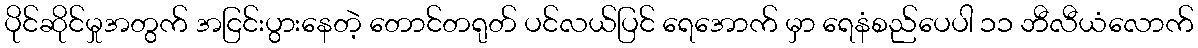
ပိုင်ဆိုင်မှုအတွက် အငြင်းပွားနေတဲ့ တောင်တရုတ် ပင်လယ်ပြင် ရေအောက် မှာ ရေနံစည်ပေပါ ၁၁ ဘီလီယံလောက်